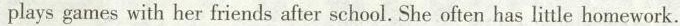
plays games with her friends after school. She often has little homework.